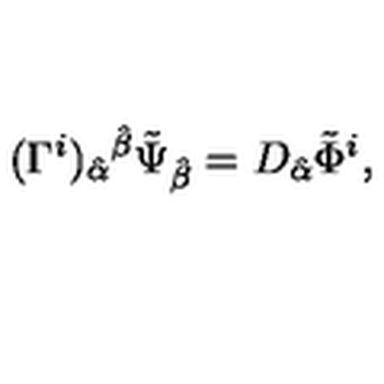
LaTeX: ( \Gamma ^ { i } ) _ { \hat { \alpha } } { } ^ { \hat { \beta } } \tilde { \Psi } _ { \hat { \beta } } = D _ { \hat { \alpha } } \tilde { \Phi } ^ { i } ,